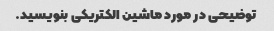
توضیحی در مورد ماشین الکتریکی بنویسید.